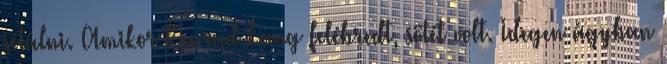
sétálni. Amikor Konrad Lang felébredt, sötét volt. Idegen ágyban